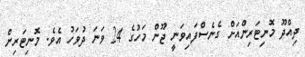
ދިއްދޫ މޮނިޓަރިންއަށް ގެނެސްފައިވަނީ ޖޫން މަހުގެ 24 ވަނަ ދުވަހު އެވެ. މޮނިޓަރިން